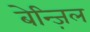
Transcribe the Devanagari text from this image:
बेन्ज़िल